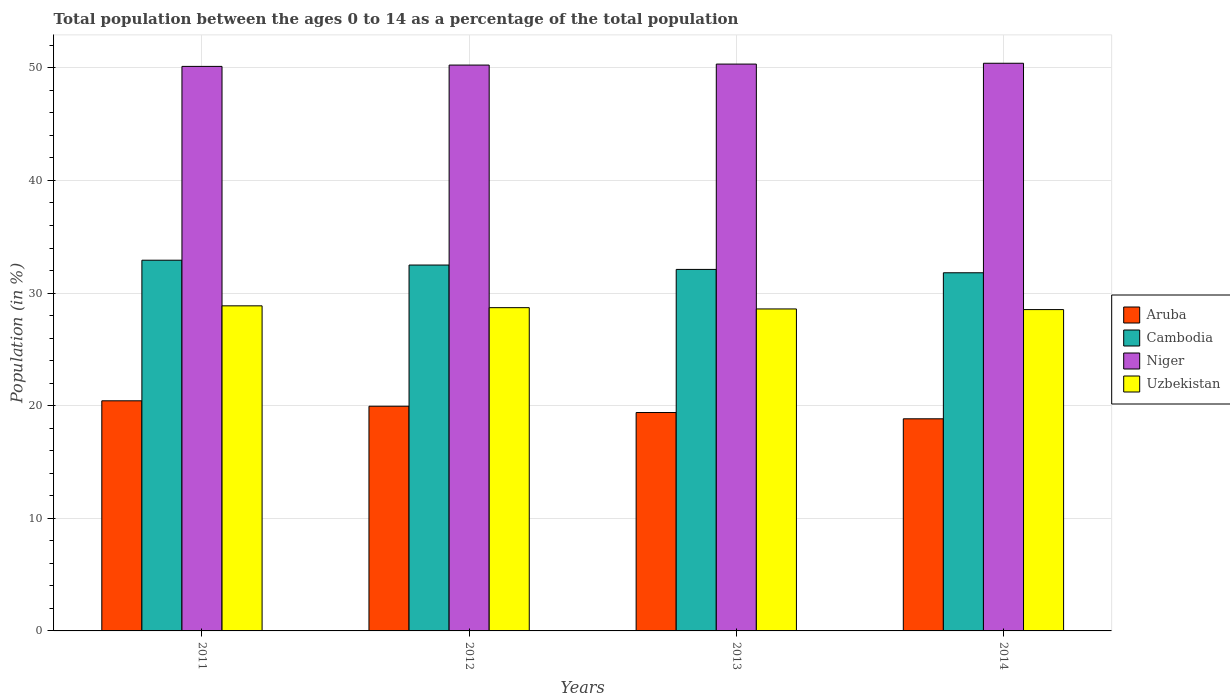
| Years | Aruba | Cambodia | Niger | Uzbekistan |
 | --- | --- | --- | --- | --- |
 | 2011 | 20.4 | 32.9 | 50.1 | 28.9 |
 | 2012 | 20 | 32.5 | 50.2 | 28.7 |
 | 2013 | 19.4 | 32.1 | 50.3 | 28.6 |
 | 2014 | 18.8 | 31.8 | 50.4 | 28.5 |